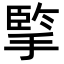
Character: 𢱯